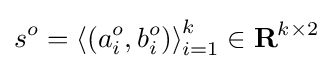
s^{o}=\left\langle (a_{i}^{o},b_{i}^{o})\right\rangle _{i=1}^{k}\in {\textbf {R}}^{k\times 2}